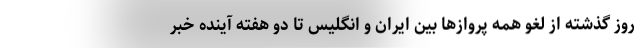
روز گذشته از لغو همه پروازها بین ایران و انگلیس تا دو هفته آینده خبر